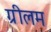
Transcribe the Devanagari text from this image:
ग्रीलम